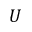
U